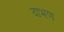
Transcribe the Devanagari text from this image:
दाभण